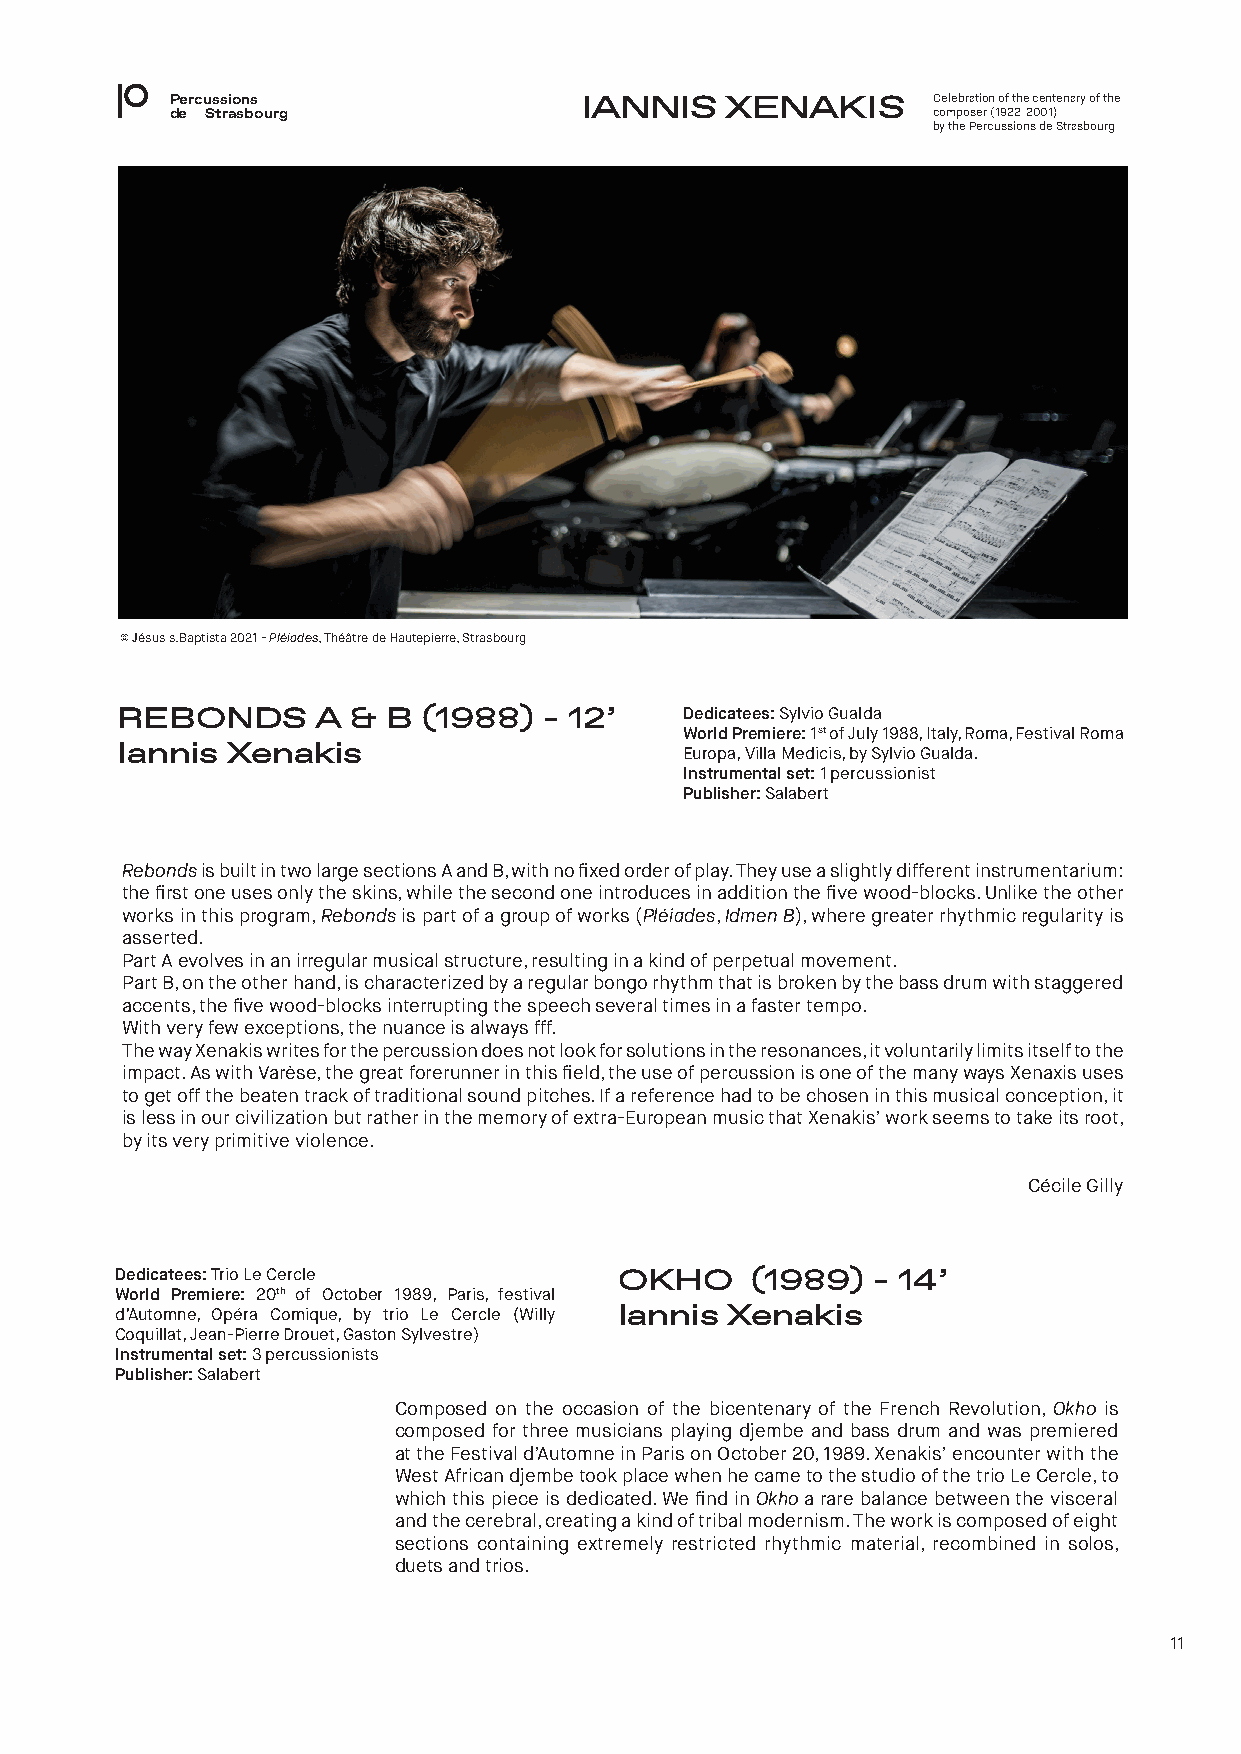
Percussions                 IANNIS   XENAKIS       Celebration of the centenary of the
 de Strasbourg                                      composer (1922-2001)
 by the Percussions de Strasbourg
 © Jésus s.Baptista 2021 - Pléiades, Théâtre de Hautepierre, Strasbourg
 REBONDS      A &  B (1988)  - 12’    Dedicatees: Sylvio Gualda
 World Premiere: 1st of July 1988, Italy, Roma, Festival Roma
 Iannis Xenakis                       Europa, Villa Medicis, by Sylvio Gualda.
 Instrumental set: 1 percussionist
 Publisher: Salabert
 Rebonds is built in two large sections A and B, with no fixed order of play. They use a slightly different instrumentarium:
 the first one uses only the skins, while the second one introduces in addition the five wood-blocks. Unlike the other
 works in this program, Rebonds is part of a group of works (Pléiades, Idmen B), where greater rhythmic regularity is
 asserted.
 Part A evolves in an irregular musical structure, resulting in a kind of perpetual movement.
 Part B, on the other hand, is characterized by a regular bongo rhythm that is broken by the bass drum with staggered
 accents, the five wood-blocks interrupting the speech several times in a faster tempo.
 With very few exceptions, the nuance is always fff.
 The way Xenakis writes for the percussion does not look for solutions in the resonances, it voluntarily limits itself to the
 impact. As with Varèse, the great forerunner in this field, the use of percussion is one of the many ways Xenaxis uses
 to get off the beaten track of traditional sound pitches. If a reference had to be chosen in this musical conception, it
 is less in our civilization but rather in the memory of extra-European music that Xenakis’ work seems to take its root,
 by its very primitive violence.
 Cécile Gilly
 Dedicatees: Trio Le Cercle       OKHO     (1989)  - 14’
 World Premiere: 20th of October 1989, Paris, festival
 d’Automne, Opéra Comique, by trio Le Cercle (Willy Iannis Xenakis
 Coquillat, Jean-Pierre Drouet, Gaston Sylvestre)
 Instrumental set: 3 percussionists
 Publisher: Salabert
 Composed on the occasion of the bicentenary of the French Revolution, Okho is
 composed for three musicians playing djembe and bass drum and was premiered
 at the Festival d’Automne in Paris on October 20, 1989. Xenakis’ encounter with the
 West African djembe took place when he came to the studio of the trio Le Cercle, to
 which this piece is dedicated. We find in Okho a rare balance between the visceral
 and the cerebral, creating a kind of tribal modernism. The work is composed of eight
 sections containing extremely restricted rhythmic material, recombined in solos,
 duets and trios.
 11